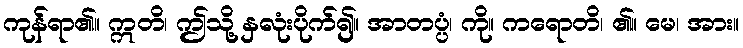
ကုန်ရာ၏။ ဣတိ၊ ဤသို့ နှလုံးပိုက်၍။ အာတပ္ပံ၊ ကို။ ကရောတိ၊ ၏။ မေ၊ အား။